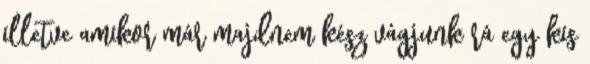
illetve amikor már majdnem kész vágjunk rá egy kis